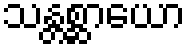
သန္တစ္ဆာယော